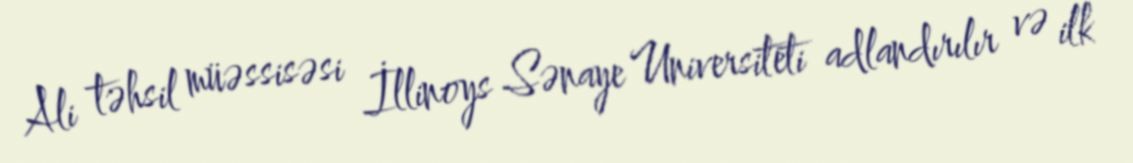
Ali təhsil müəssisəsi İllinoys Sənaye Universiteti adlandırılır və ilk